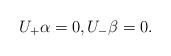
LaTeX: \begin{align*} U_+\alpha=0,U_-\beta=0.\end{align*}